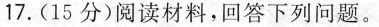
17.(15分)阅读材料，回答下列问题。